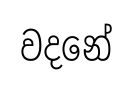
වදනේ